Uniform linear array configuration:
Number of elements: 48
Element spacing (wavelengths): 0.5
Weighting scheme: binomial
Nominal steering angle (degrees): -60
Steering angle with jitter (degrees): -59.144
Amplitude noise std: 0.05
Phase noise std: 0.05

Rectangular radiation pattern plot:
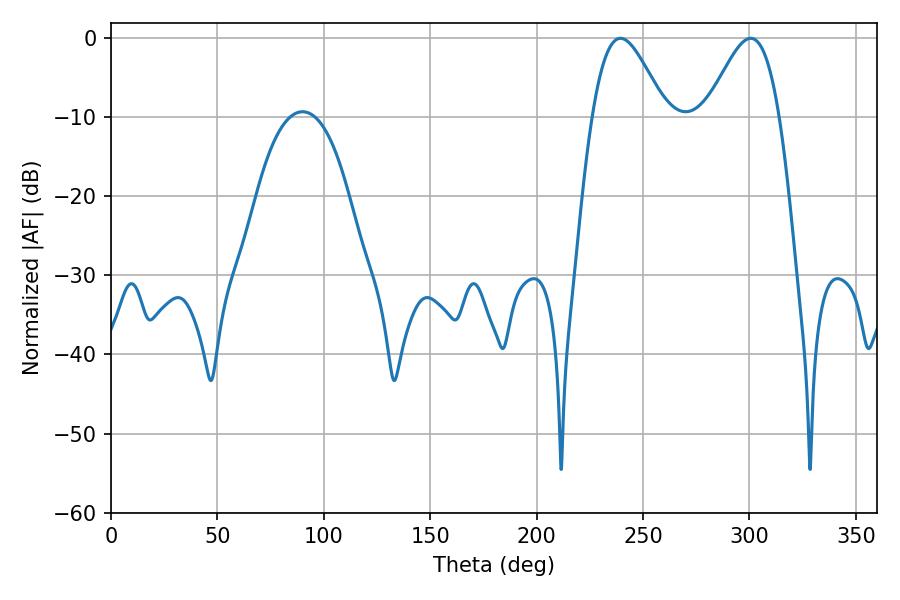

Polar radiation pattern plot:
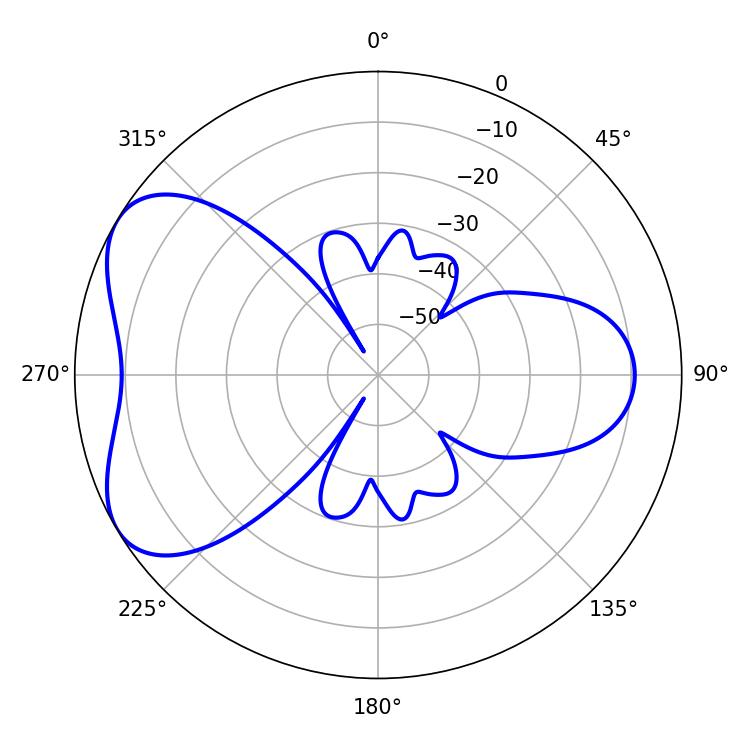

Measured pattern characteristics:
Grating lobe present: FALSE
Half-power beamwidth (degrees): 18.18
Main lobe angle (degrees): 239.4